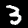
Label: 3